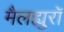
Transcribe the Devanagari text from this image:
मैलह्युरॉ